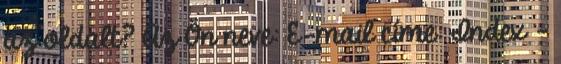
az oldalt? Az Ön neve: E-mail címe: Index -